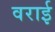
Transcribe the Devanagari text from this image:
वराई